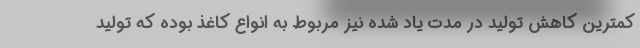
کمترین کاهش تولید در مدت یاد شده نیز مربوط به انواع کاغذ بوده که تولید